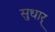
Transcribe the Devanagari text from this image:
सुधार्